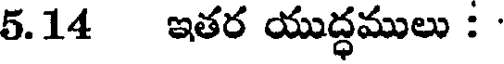
5.14 ఇతర యుద్ధములు :